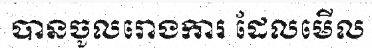
បានចូលរោងការ ដែលមើល